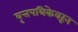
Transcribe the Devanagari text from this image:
वृत्तपत्रिकेवरून